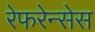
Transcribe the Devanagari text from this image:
रेफरेन्सेस